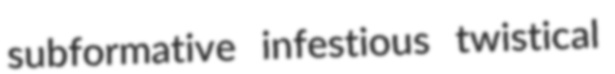
subformative infestious twistical